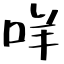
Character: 咩